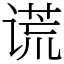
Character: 谎